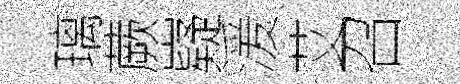
璃蕨嶷湲艾召